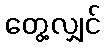
တွေ့လျှင်